Bréfritari: Jóhannes Halldórsson
Dagsetning: A-1875-10-19
Skrifað á: Vesturheimi

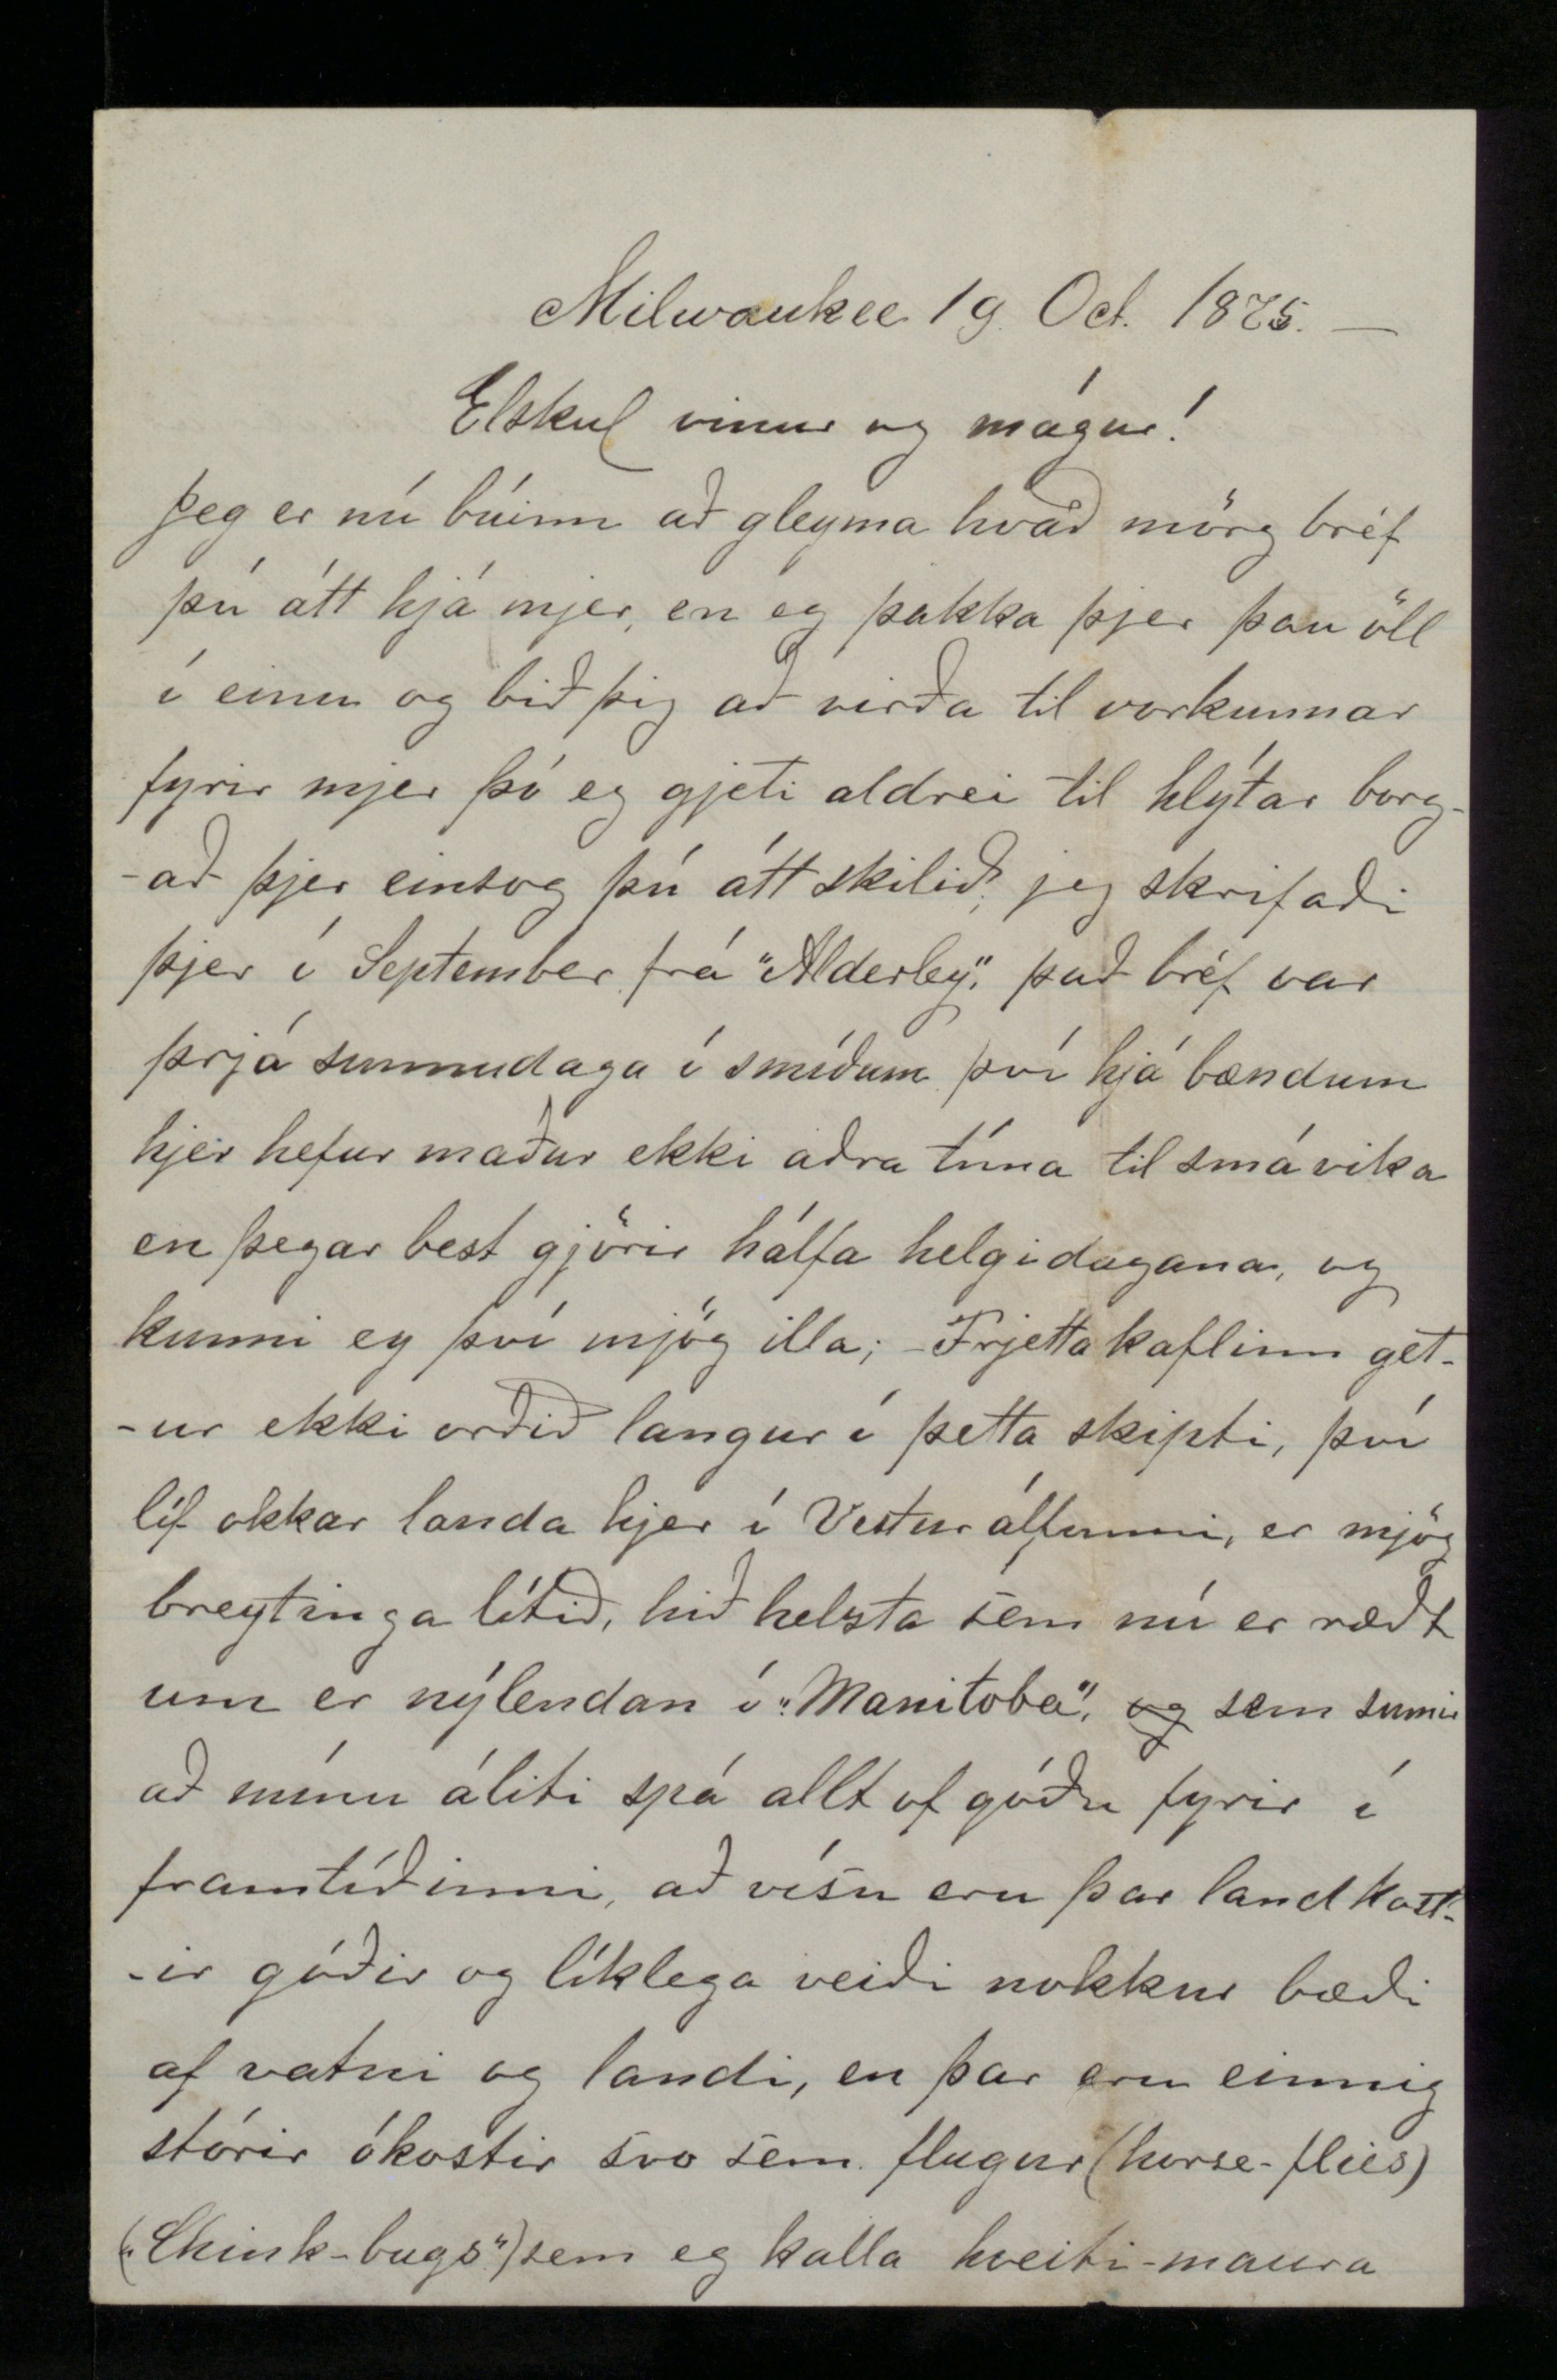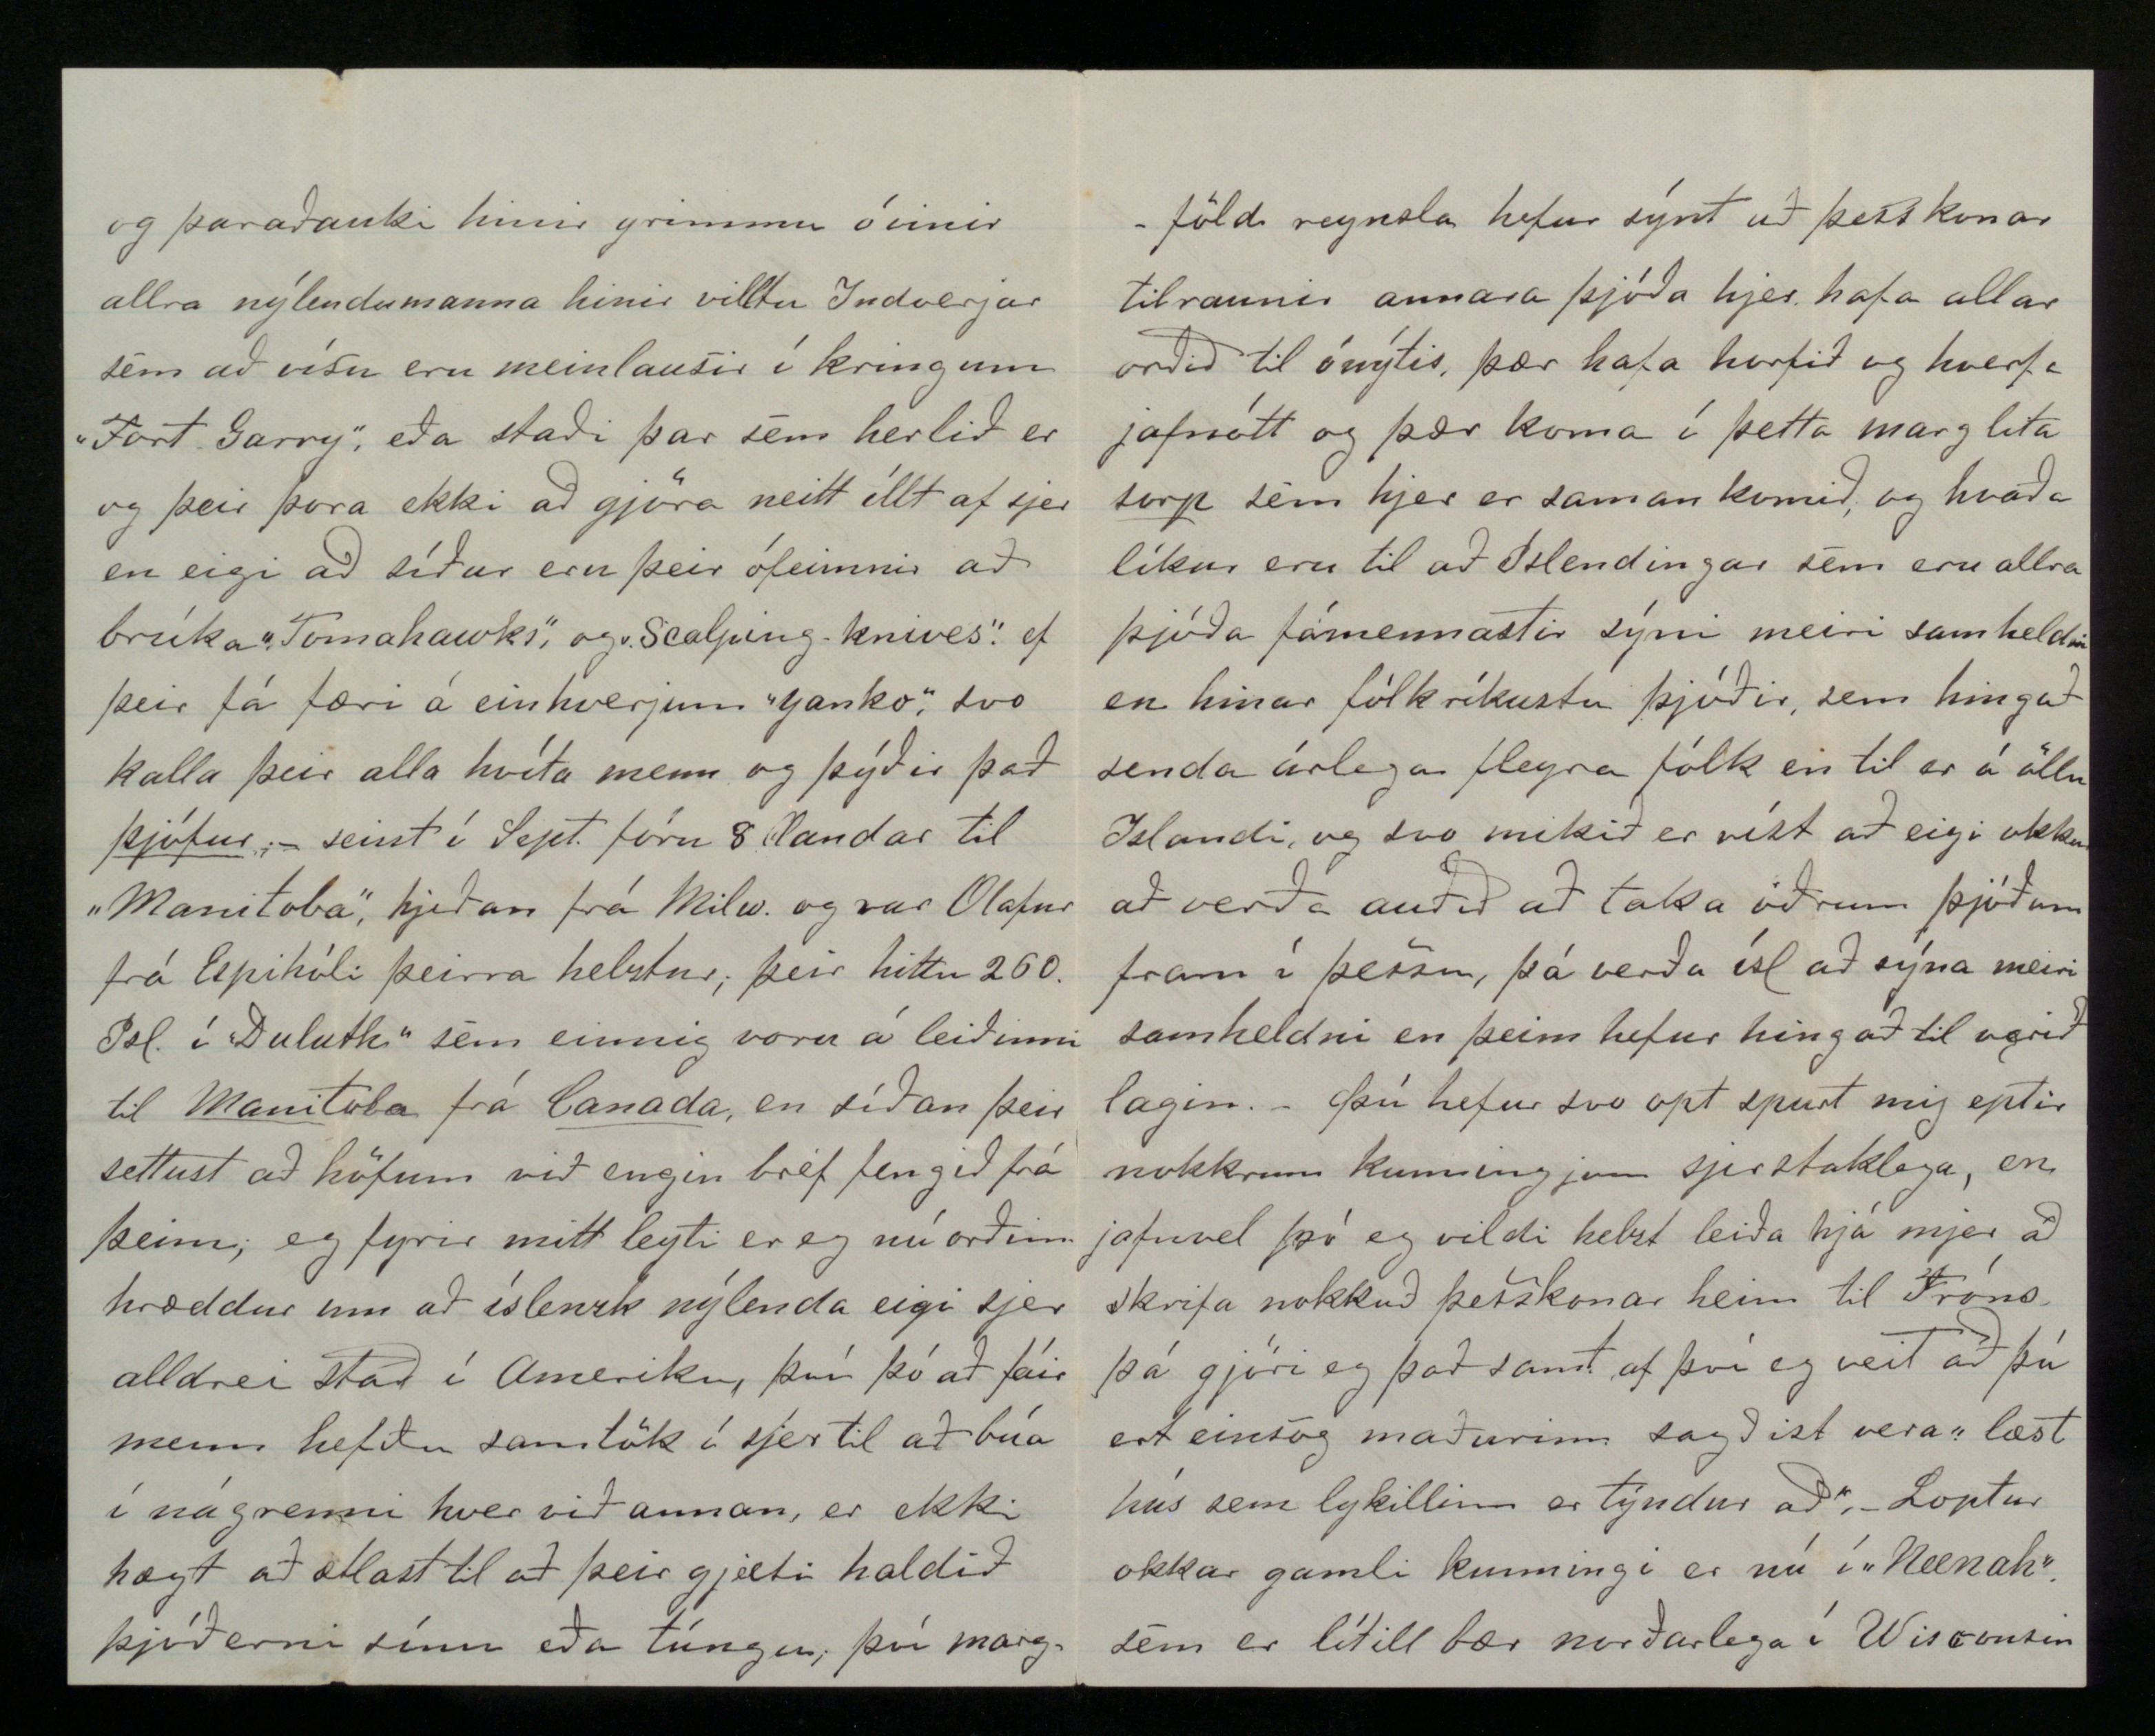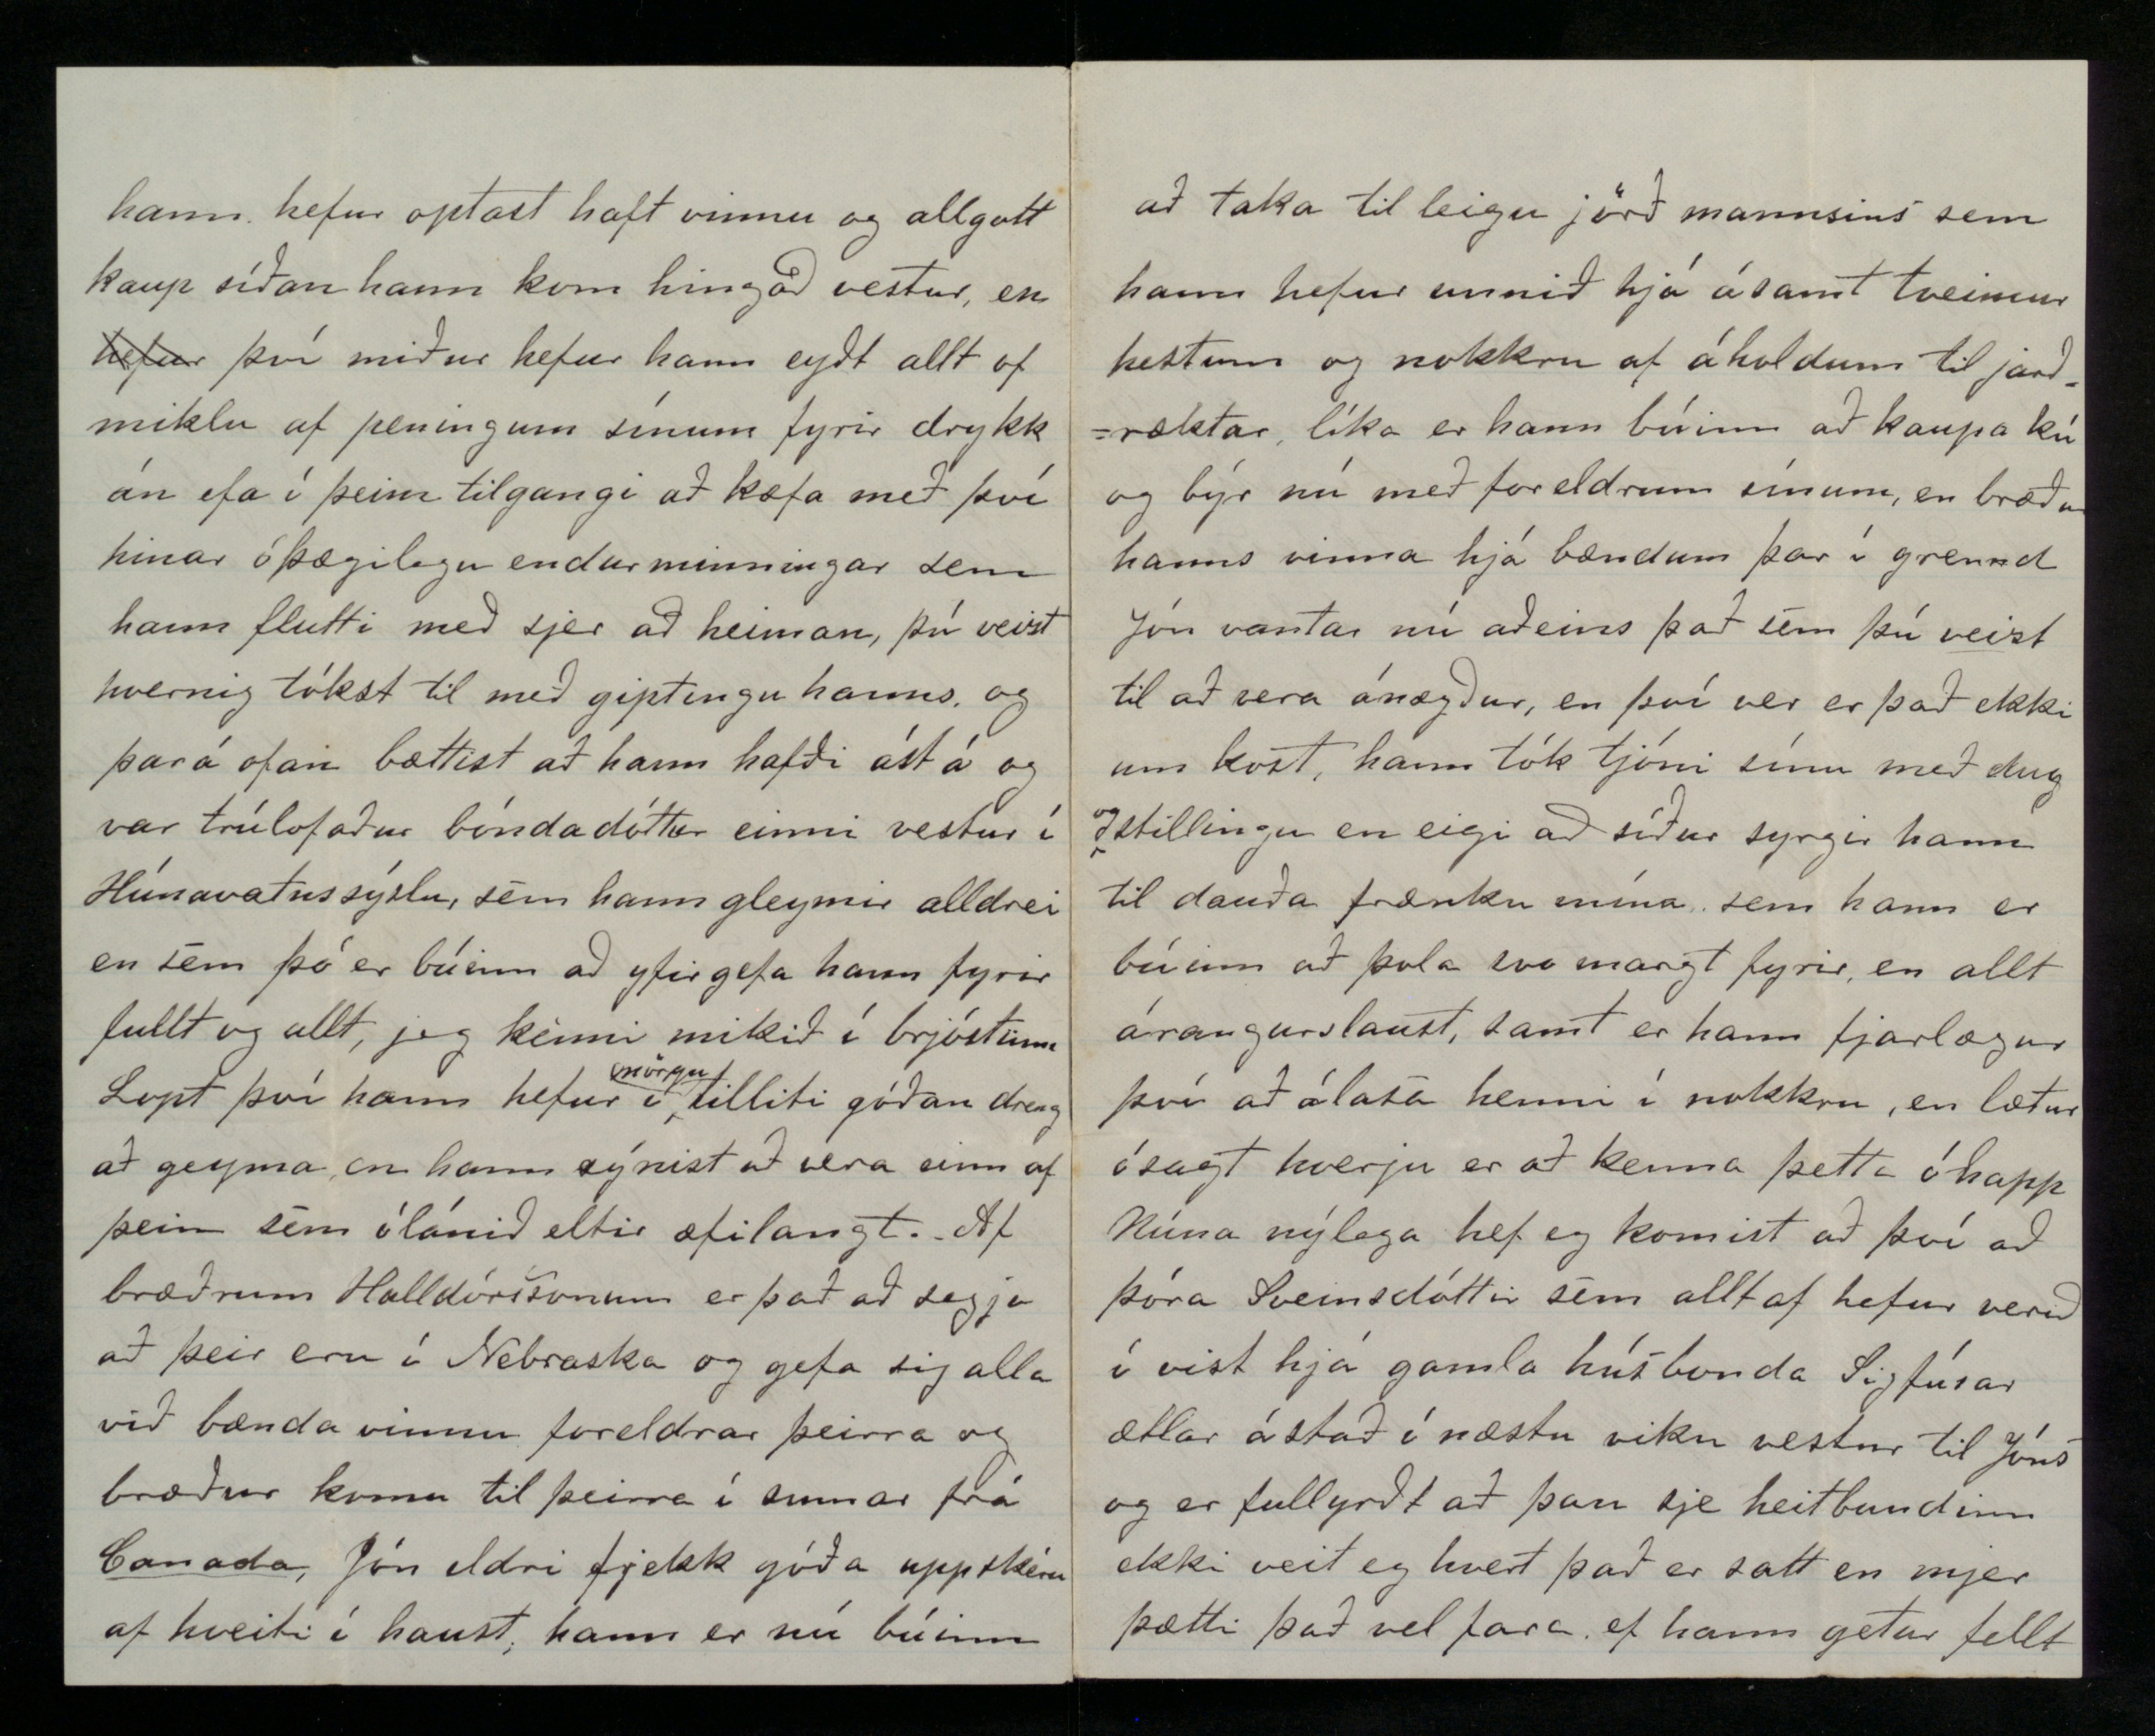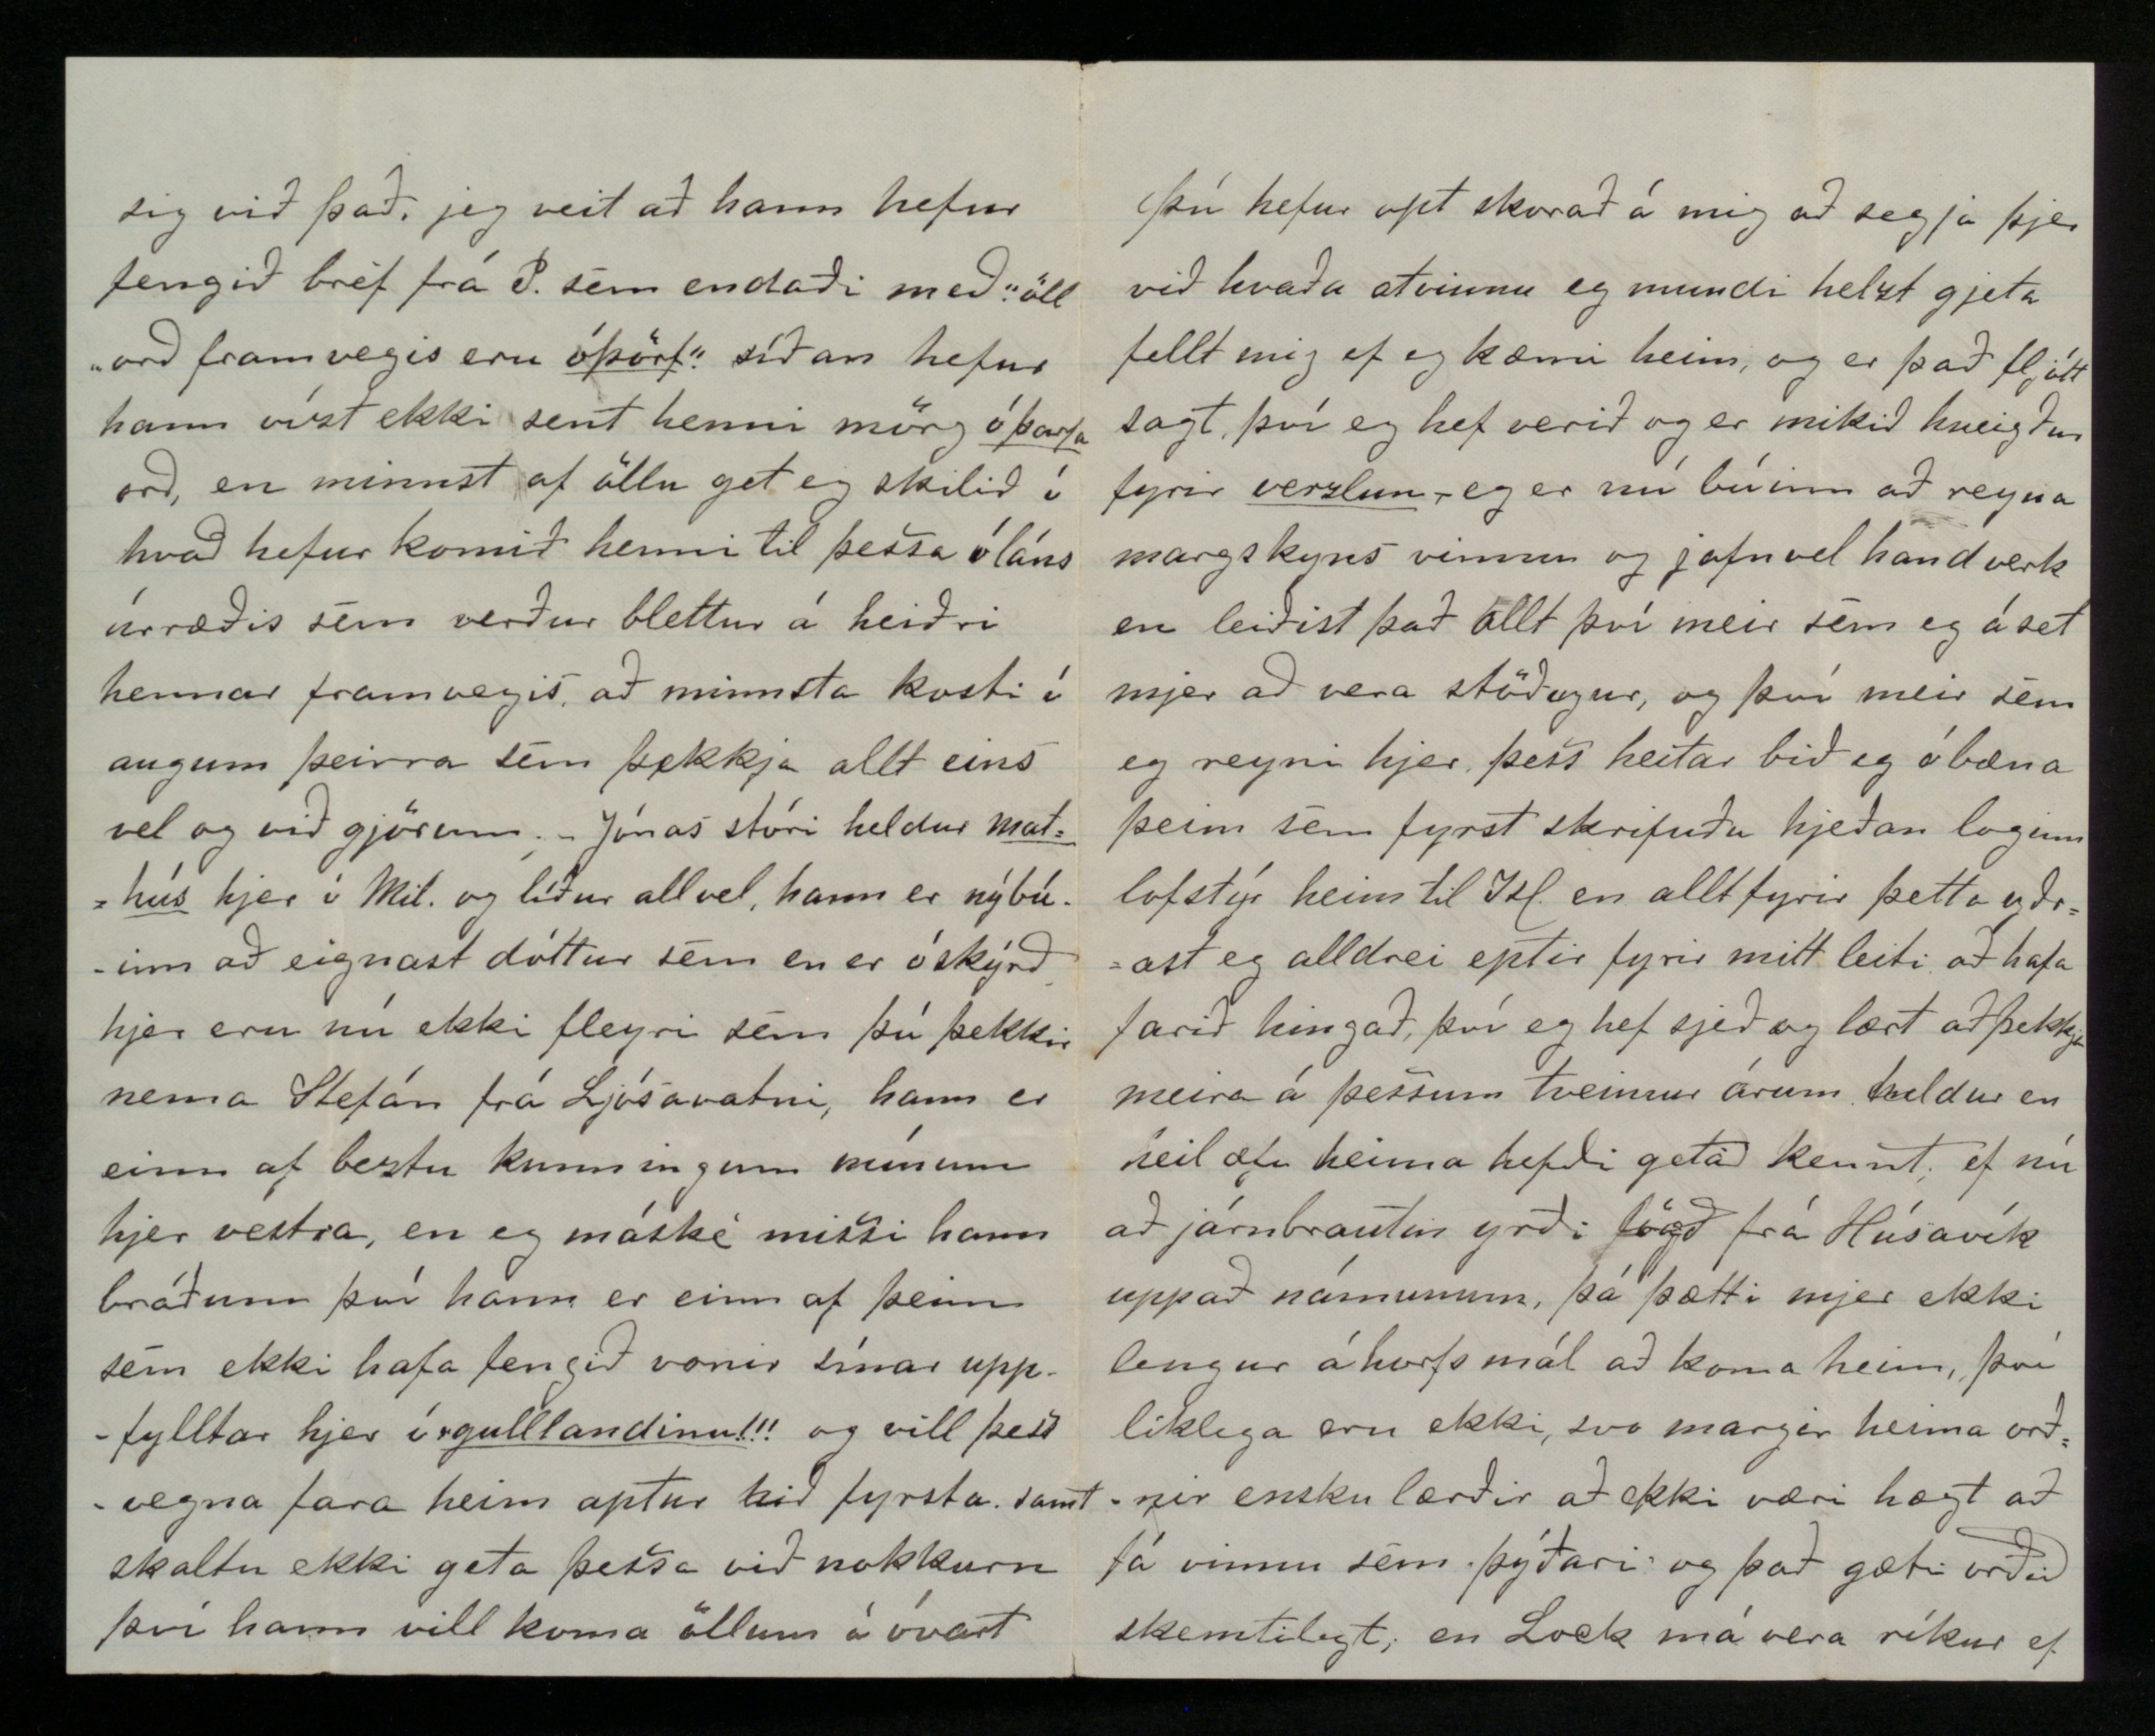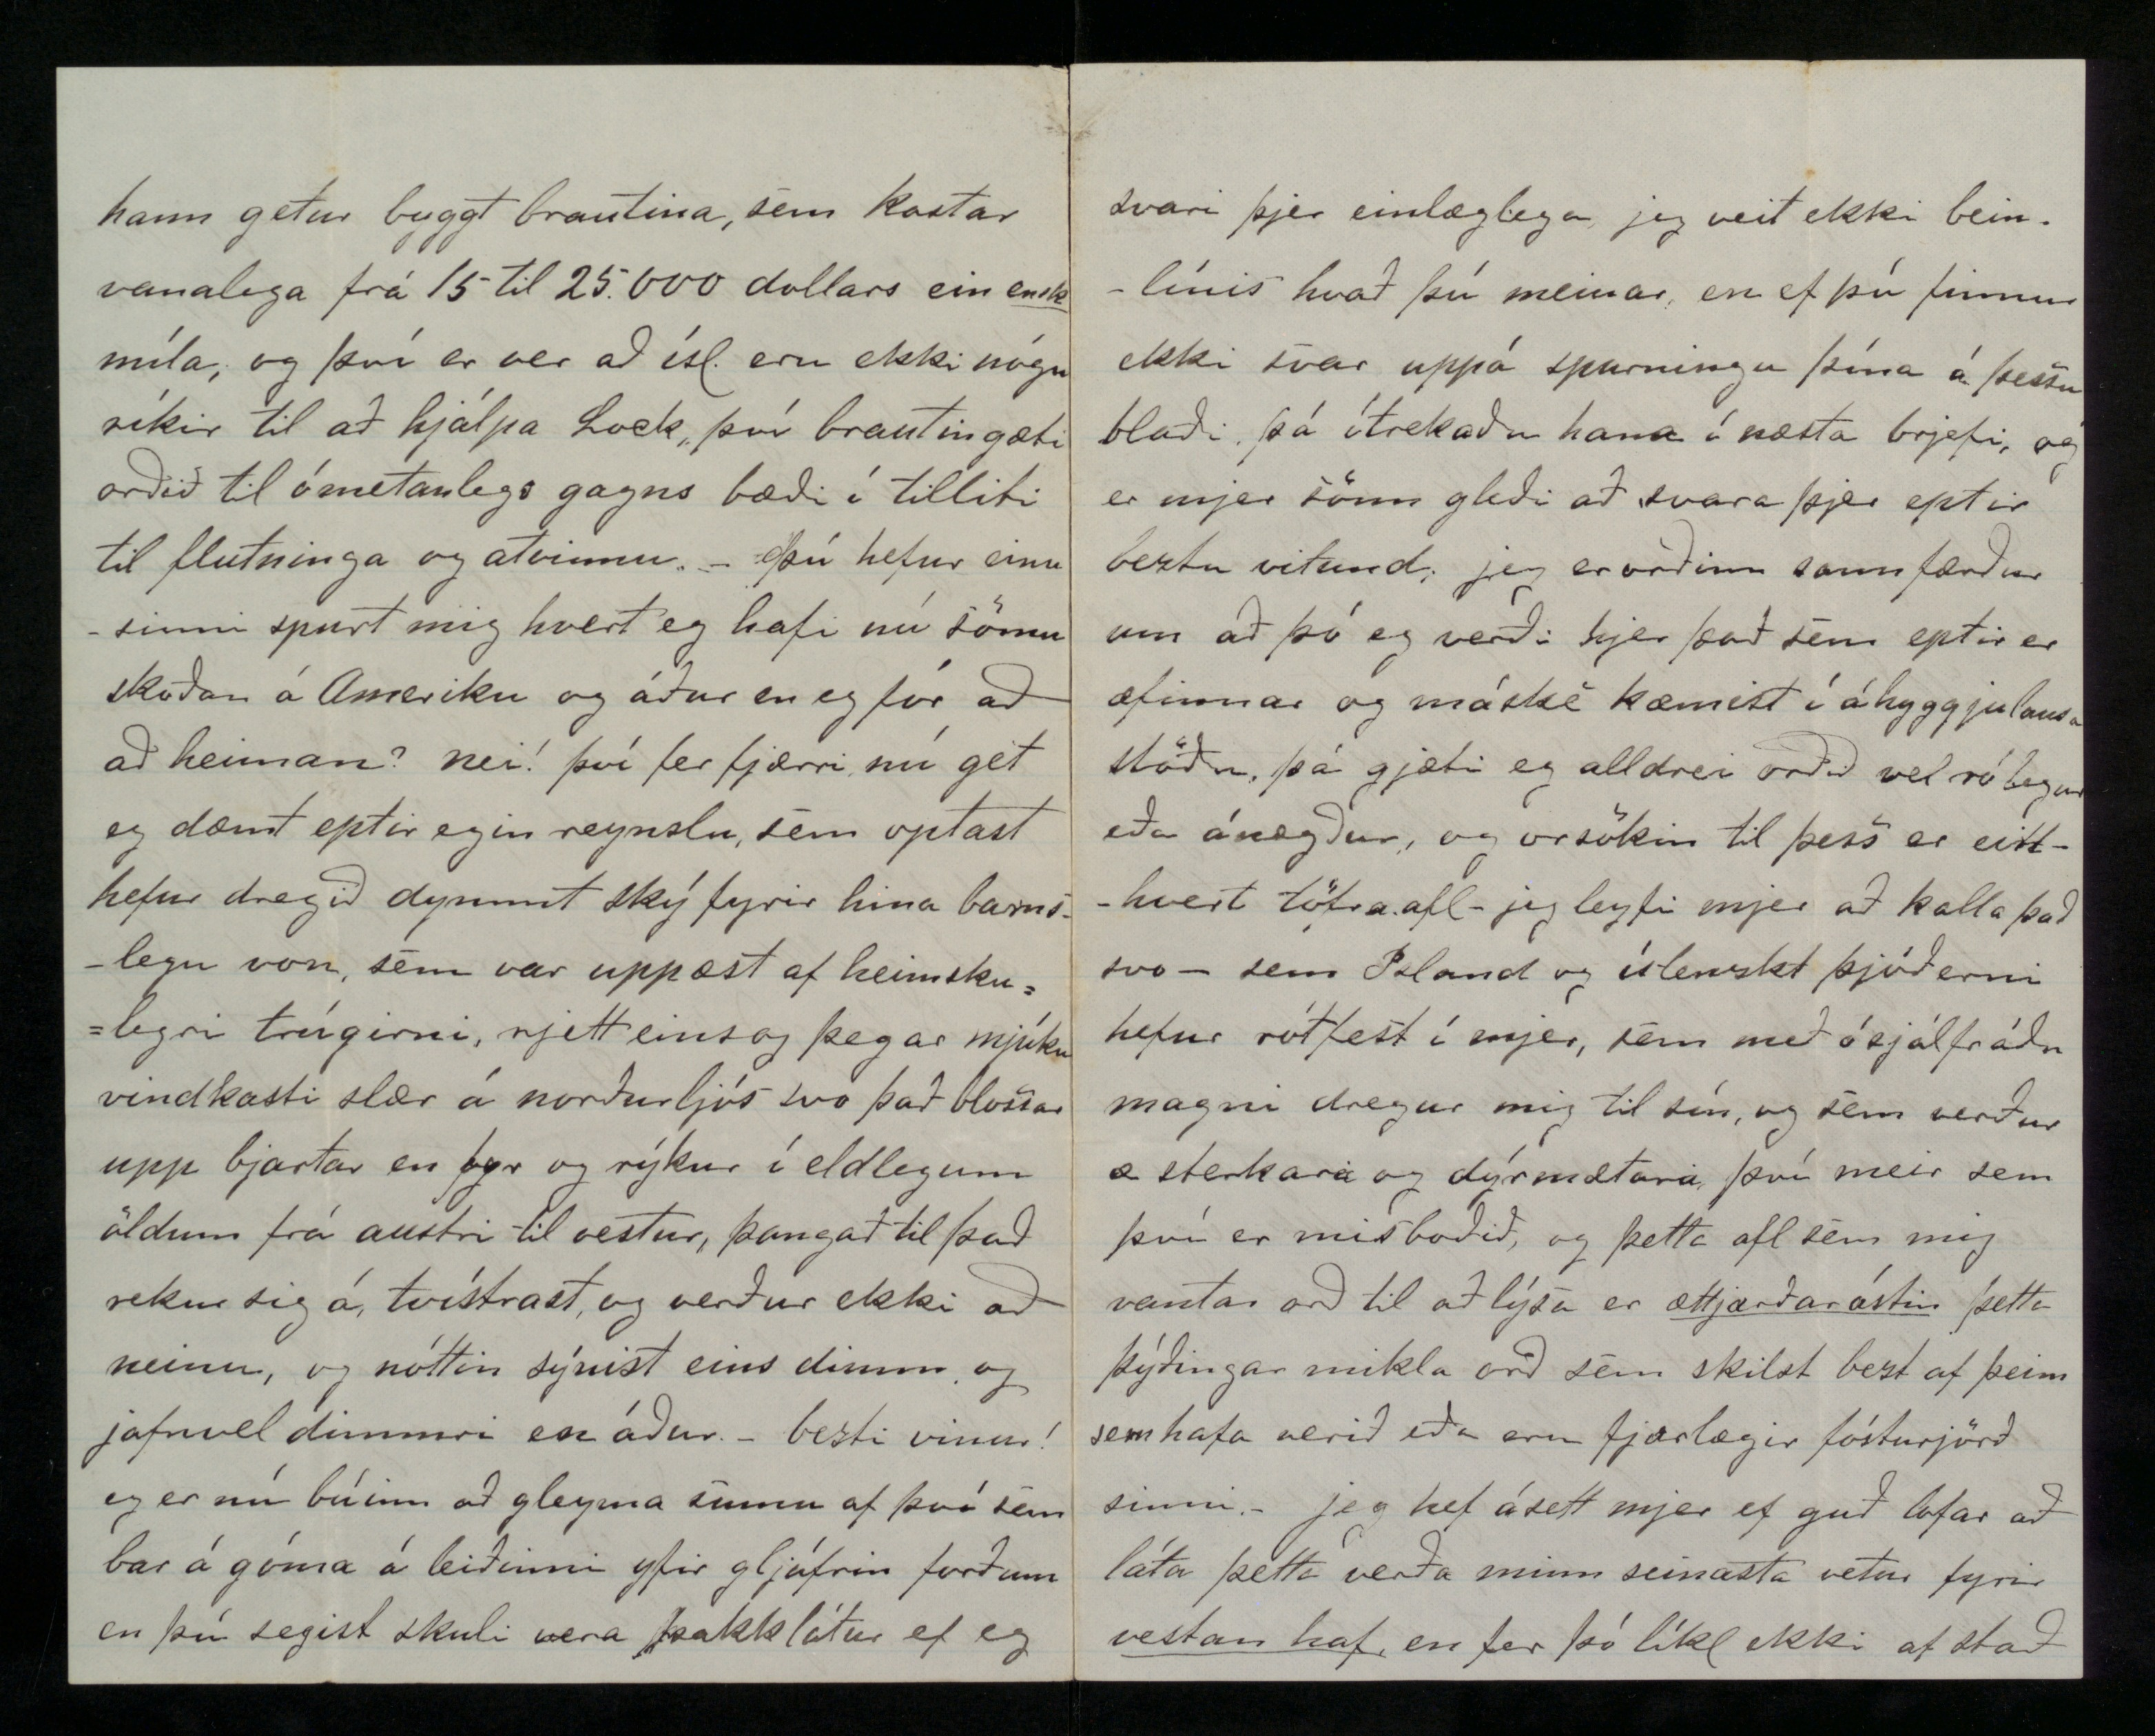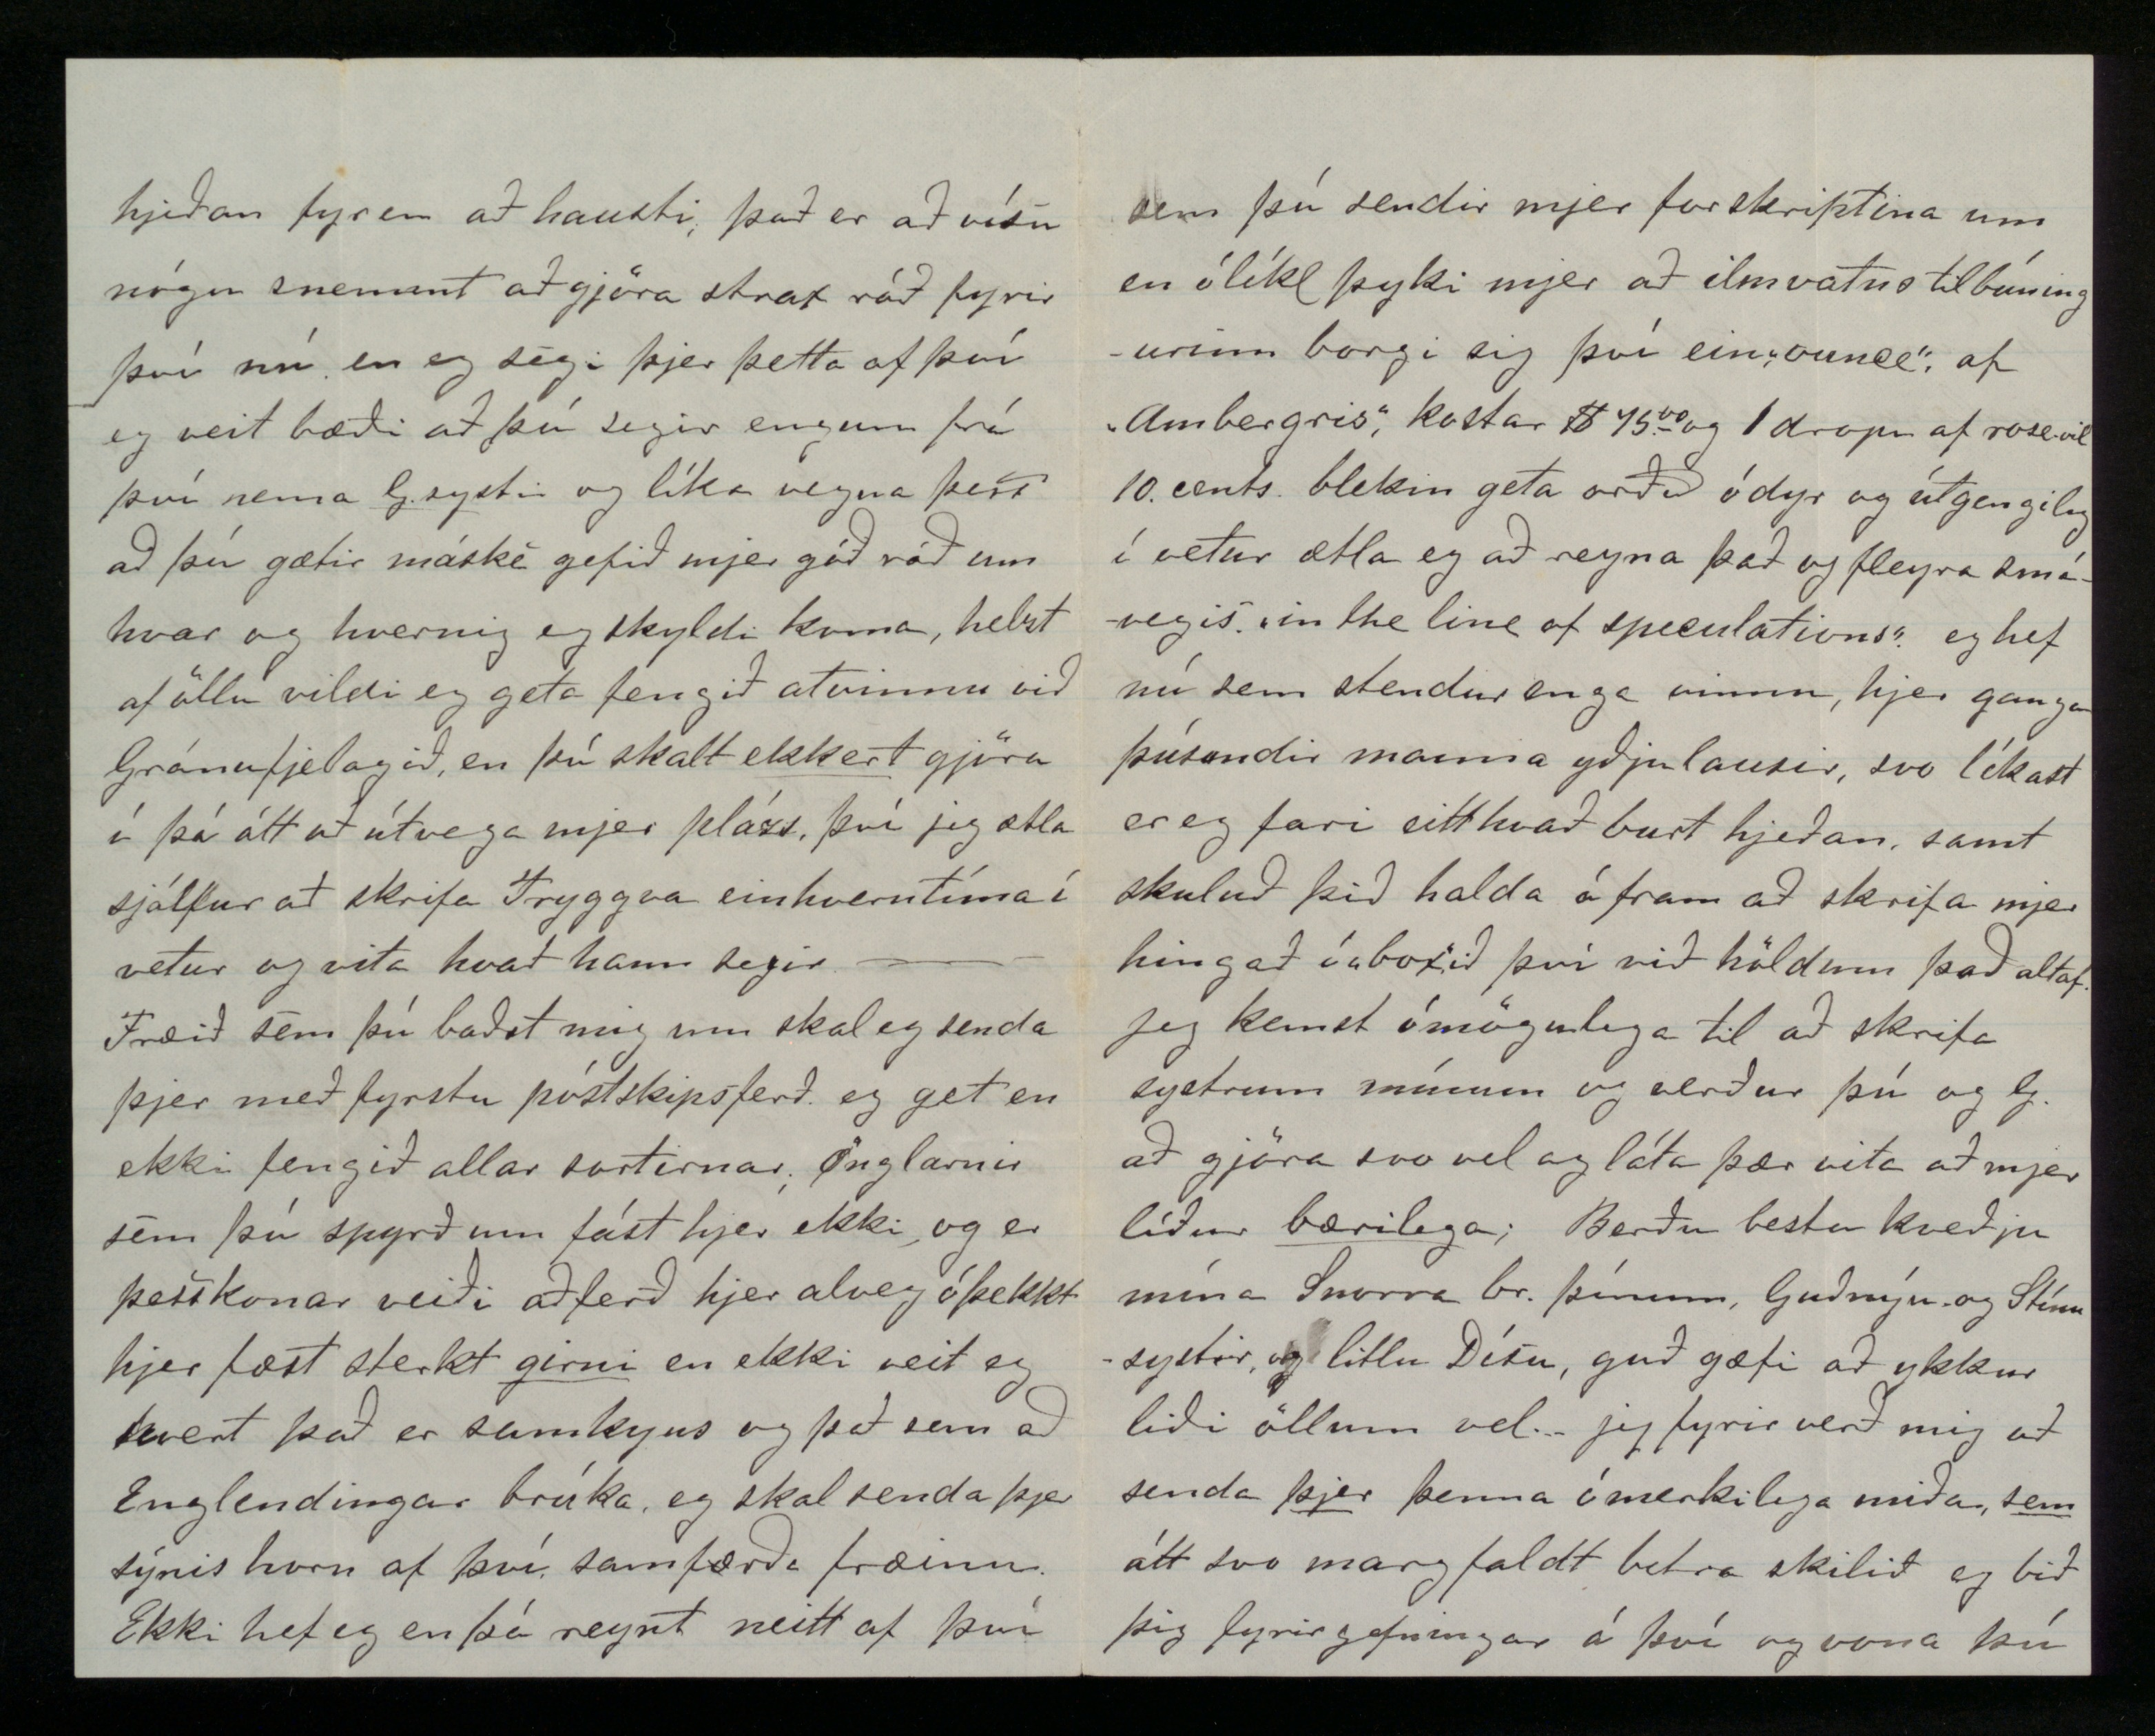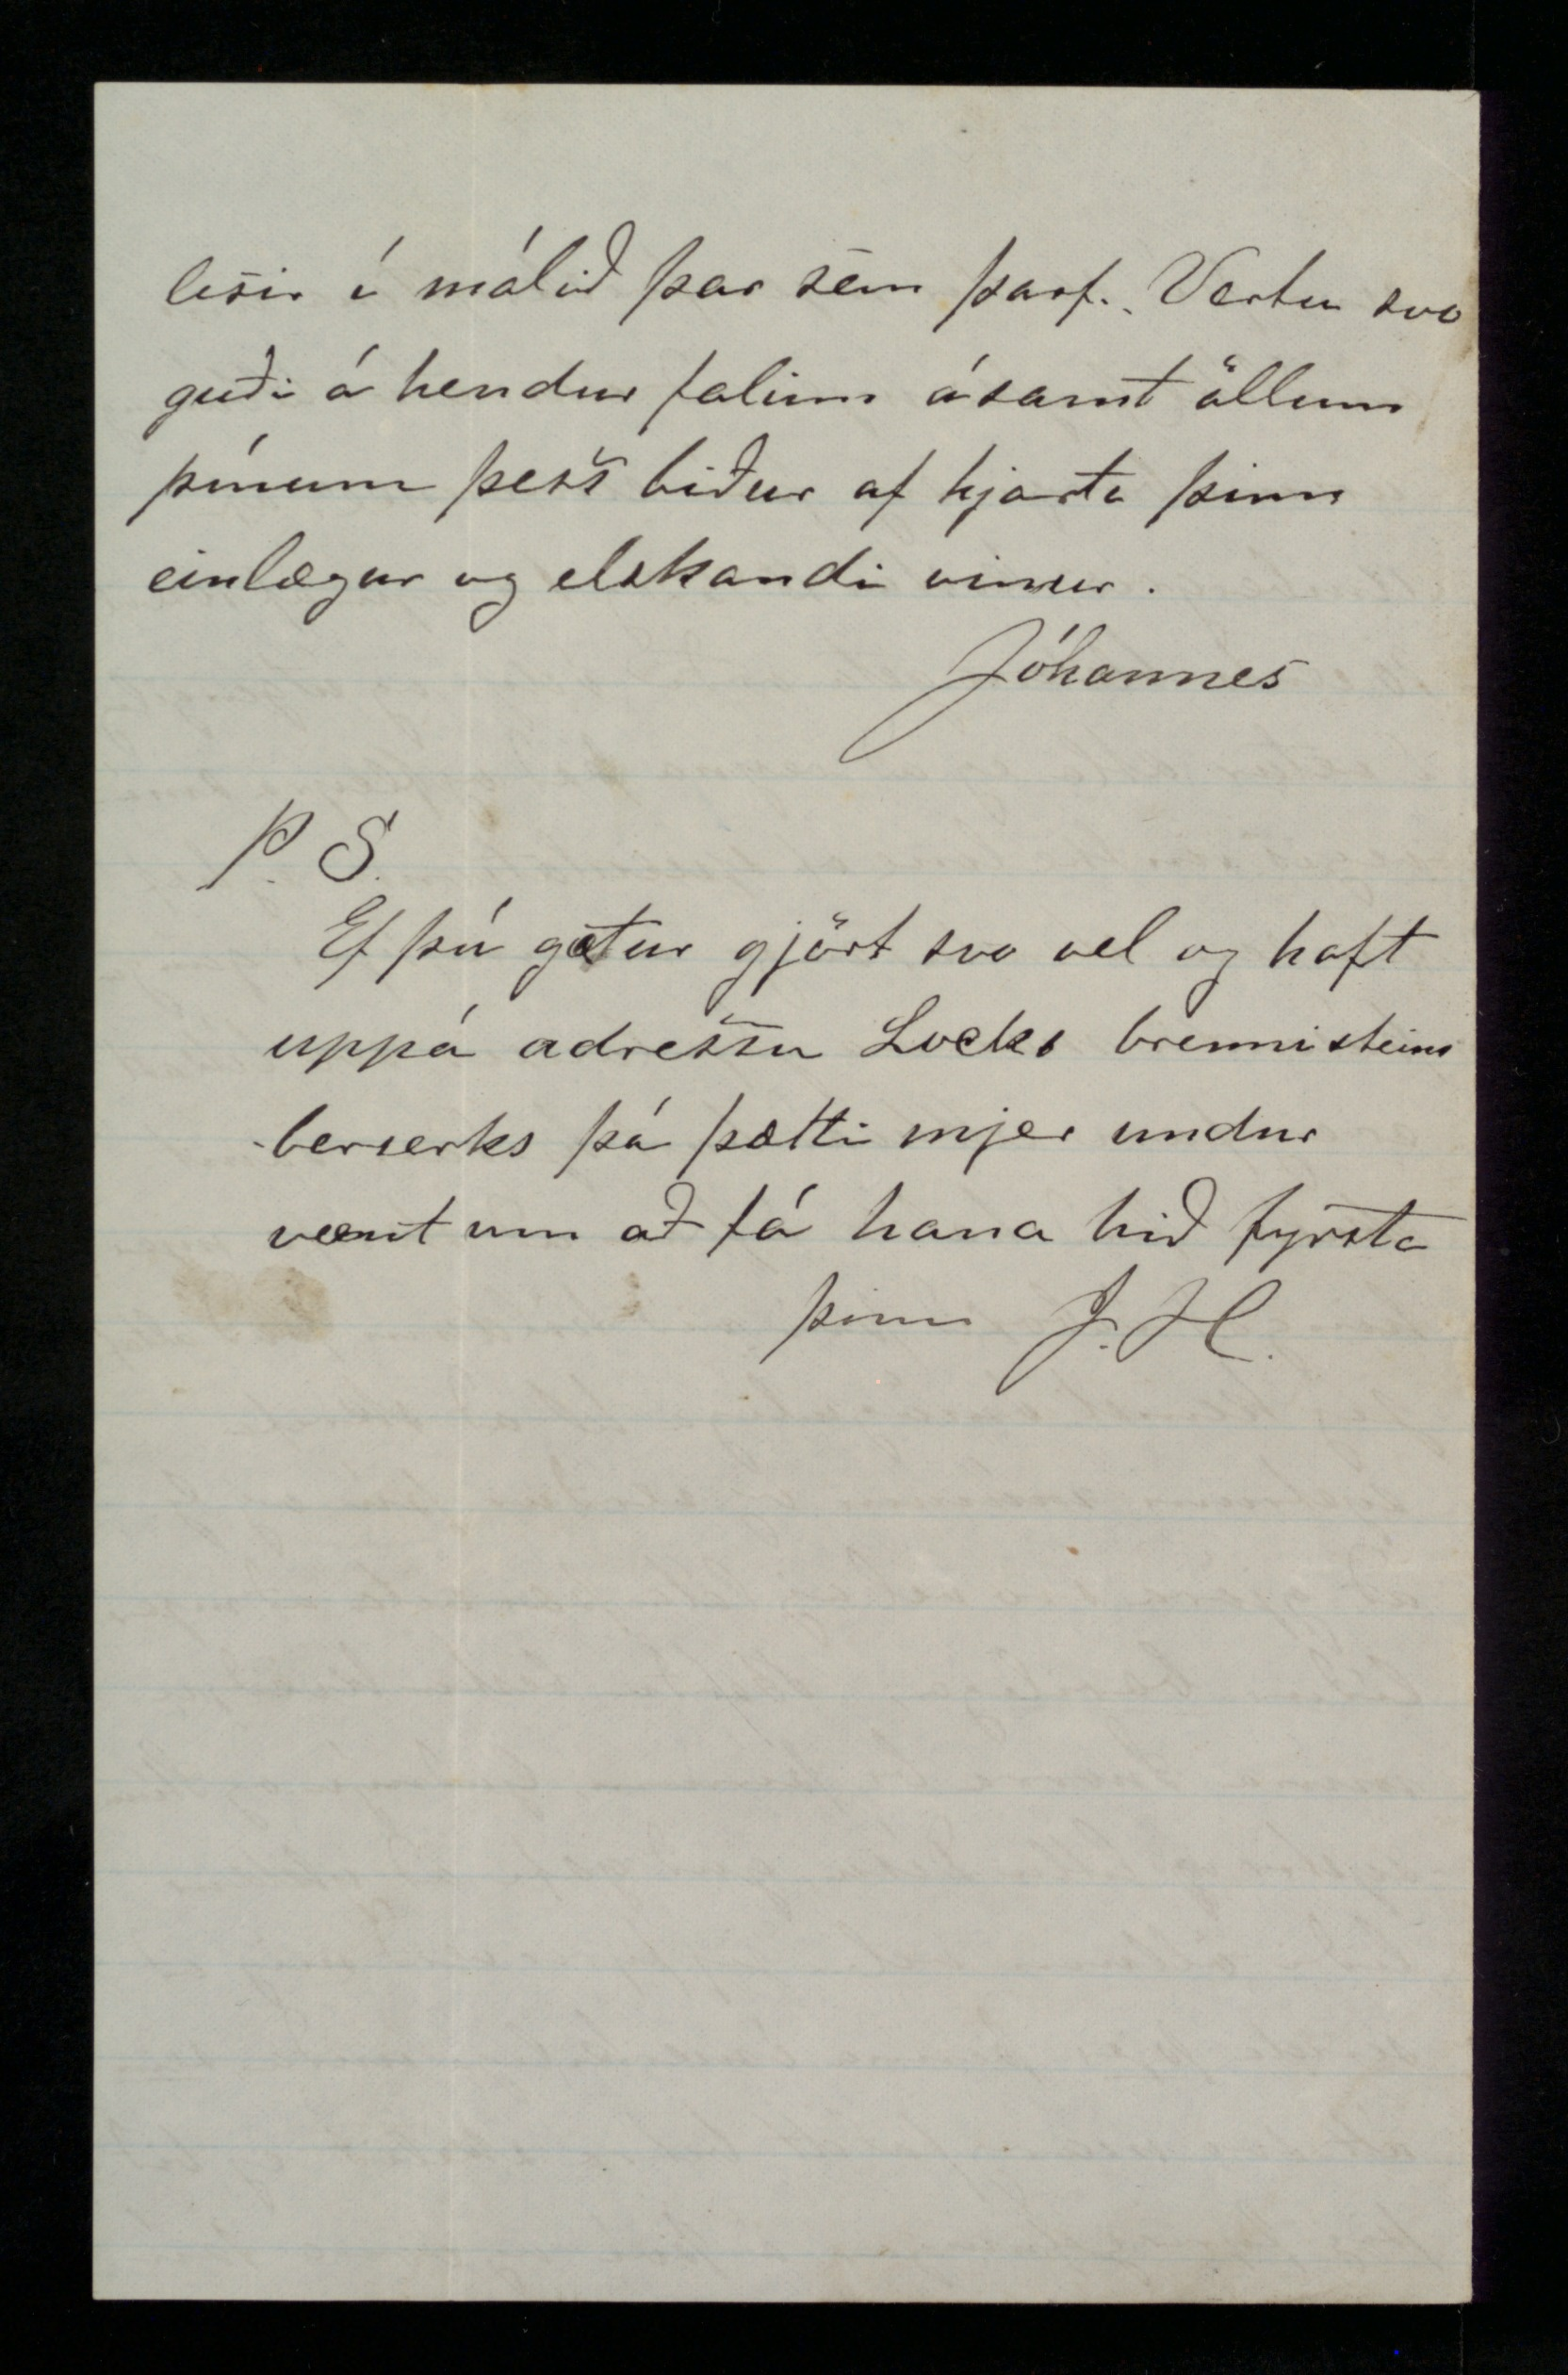

Milwaukee 19. Oct. 1875
Elskul vinur og mágur!
Jeg er nú búinn að gleyma hvað mörg bréf þú átt hjá mjer, en eg þakka þjer þau öll í einu og bið þig að virða til vorkunnar fyrir mjer þó eg gjeti aldrei til hlýtar borgað þjer einsog þú átt skilið, jeg skrifaði þjer í September frá "Alderley", það bréf var þrjá sunnudaga í smíðum því hjá bændum hjer hefur maður ekki aðra tíma til smávika en þegar best gjörir hálfa helgidagana, og kunni eg því mjög illa; - Frjettakaflinn getur ekki orðið langur í þetta skipti, því líf okkar landa hjer í Vesturálfunni er mjög breytinga lítið, hið helzta sem nú er rædt um er nýlendan í "Manitoba" sem sumir að mínu áliti spá allt of góðu fyrir í framtíðinni, að vísu eru þar landkostir góðir og líklega veiði nokkur bæði af vatni og landi, en þar eru einnig stórir ókostir sov sem flugur (horse-flies) („Chink-bugs") sem eg kalla hveiti-maura
og þaraðauki hinir grimmu óvinir allra nýlendumanna hinir villtu Indverjar sem að vísu eru meinlausir í kringum „Fort Garry" eða staði þar sem herlið er og þeir þora ekki að gjöra neitt íllt af sjer en eigi að síður eru þeir ófeimnir að brúka „Tomahawks" og „Scalping-knives" ef þeir fá færi á einhverjum „yanko" svo kalla þeir alla hvíta menn og þýðir það
þjófur
, - seint í Sept. fóru 8 landar til „Manitoba" hjeðan frá Milw. og var Olafur frá Espihóli þeirra helztur, þeir hittu 260 Isl. í „Duluth" sem einnig voru á leiðinni til
Manitoba
frá
Canada
, en síðan þeir settust að höfum við engin bréf fengið frá þeim, eg fyrir mitt leyti er eg nú orðin hræddur um að íslenzk nýlenda eigi sjer alldrei stað í Ameríku, því þó að fáir menn hefðu samtök í sjer til að búa í nágrenni hver við annan, er ekki hægt að ætlast til að þeir gjætu haldið þjóðerni sínu eða túngu, því marg
föld reynsla hefur sýnt að þess konar tilraunir annara þjóða hjer hafa allar orðið til ónýtis, þær hafa horfið og hverfa jafnótt og þær koma í þetta marglita
sorp
sem hjer er saman komið, og hvaða líkur eru til að Íslendingar sem eru allra þjóða fámennastir sýni meiri samheldni en hinar fólkríkustu þjóðir, sem hingað senda árlega fleyra fólk en til er á öllu Íslandi, og svo mikið er víst að eigi okkur að verða auðið að taka öðrum þjóðum fram í þessu, þá verða ísl að sýna meiri samheldni en þeim hefur hingað til verið lagin. - Þú hefur svo opt spurt mig eptir nokkrum kunningjum sjerstaklega, en jafnvel þó eg vildi helzt leiða hjá mjer að skrifa nokkuð þesskonar heim til Fróns þá gjöri eg það samt af því eg veit að þú ert einsog maðurinn sagðist vera „læst hús sem lykilinn er týndur að. - Lopthur okkar gamli kunningi er nú í „Neenah" sem er lítill bær norðarlega í Wisconsin
hann hefur optast haft vinnu og allgott kaup síðan hann kom hingað vestur, en
hefur
því miður hefur hann eydt allt of miklu af peningum sínum fyrir drykk án efa í þeim tilgangi að kæfa með því hinar óþægilegu endurminningar sem hann flutti með sjer að heiman, þú veist hvernig tókst til með giptingu hans og þará ofan bættist að hann hafði ást á og var trúlofaður bóndadóttur einni vestur í Húnavatnssýslu, sem hann gleymir aldrei en sem þó er búinn að yfirgefa hann fyrir fullt og allt, jeg kénni mikið í brjóstum Lopt því hann hefur í
mörgu
tilliti góðan dreng að geyma en hann sýnist að vera einn af þeim sem ólánið eltir æfilangt. Af bræðrum Halldórssonum er það að segja að þeir eru í Nebraska og gefa sig alla við bænda vinnu foreldrar þeirra og bræður komu til þeirra í sumar frá
Canada
, Jón eldri fjekk góða uppskéru af hveiti í haust, hann er nú búinn
að taka til leigu jörð mannsins sem hann hefur unnið hjá ásamt tveimur hestum og nokkru af áholdum til jarðræktar, líka er hann búinn að kaupa kú og býr nú með foreldrum sínum, en bræður hans vinna hjá bændum þar í grennd Jón vantar nú aðeins það sem þú
veizt
til að vera ánægður, en því ver er það ekki um kost, hann tók tjóni sínu með dug
og
stillingu en eigi að síður syrgir hann til dauða frænku mína sem hann er búinn að þola svo margt fyrir, en allt árangurslaust, samt er hann fjarlægur því að álasa henni í nokkru, en lætur ósagt hverju er að kenna þetta óhapp. Núna nýlega hef eg komist að því að Þóra Steinsdóttir sem alltaf hefur verið í vist hjá gamla húsbonda Sigfúsar ætlar ástað í næstu viku vestur til Jóns og er fullyrt að þau sje heitbundinn ekki veit eg hvert það er satt en mjer þætti það vel fara ef hann getur fellt
sig við það, jeg veit að hann hefur fengið bréf frá Þ. sem endaði með „öll orð framvegis eru
óþörf
." Síðan hefur hann vízt ekki sent henni mörg
óþarfa
orð, en minnst af öllu get eg skilið í hvað hefur komið henni til þessa óláns úrræðis sem verður blettur á heiðri hennar framvegis að minnsta kosti í augum þeirra sem þekkja allt eins vel og við gjörum. - Jónas stóri heldur
nauthús
hjer í Mil. og líður allvel, hann er nýbúinn að eignast dóttur sem en er óskýrð hjer eru nú ekki fleyri sem þú þekkir nema Stefán frá Ljósavatni, hann er einn af beztu kunningum mínum hjer vestra, en eg máské missi hann bráðum því hann er einn af þeim sem ekki hafa fengið vonir sínar uppfylltar hjer í
gulllandinu!!!
og vill þessvegna fara heim aptur hið fyrsta samt skaltu ekki geta þessa við nokkurn því hann vill koma öllum á óvart
þú hefur opt skorað á mig að segja þjer við hvaða atvinnu eg mundi helzt gjeta fellt mig ef eg kæmi heim, og er það fljótt sagt því eg hef verið og er mikið hneigður fyrir
verzlun
, eg er nú búinn að reyna margskyns vinnu og jafnvel handverk en leiðist það allt því meir sem eg áset mjer að vera stöðugur, og því meir sem eg reyni hjer, ess heitar bið eg óbæna þeim sem fyrst skrifuðu hjeðan loginn lofstýr heim til Isl. en allt fyrir þetta yðrast eg alldrei eptir fyrir mitt leiti að hafa farið hingað, því eg hef sjeð og lært að þekkja meira á þessum tveimur árum heldur en heil æfi heima hefði getað kennt, ef nú að járnbrautin yrði lögð frá Húsavík uppað námunum þá þætti mjer ekki lengur áhorfs mál að koma heim, því líklega eru ekki svo margir heima orðnir ensku lærðir að ekki væri hægt að fá vinnu sem þýðari og það gæti orðið skemtilegt, en Lock má vera ríkur ef
hann getur byggt brautina, sem kostar vanalega frá 15 til 25.000 dollars ein
ensk
míla, og því er ver að ísl. eru ekki nógu ríkir til að hjálpa Lock, því brautin gæti orðið til ómetanlegs gagns bæði í tilliti til flutninga og atvinnu. - Þú hefur einusinni spurt mig hvert eg hafi nú sömu skoðun á Ameríku og áður en eg fór að heiman? Nei! því fer fjærri nú get eg dæmt eptir egin reynslu, sem optast hefur dregið dymmt ský fyrir hina barnslegu von sem var uppæst af heimskulegri trúgirni rjett einsog þegar mjúku vindkasti slær á norðurljós svo það blossar upp bjartar en fyr og rýkur í eldlegum öldum frá austri til vestur, þangað til það rekur sig á, tvístrast og verður ekki að neinu, og nóttin sýnist eins dimm og jafnvel dimmri en áður. - besti vinur! ég er nú búinn að gleyma sumu af því sem bar á góma á leiðinni yfir gljúfrin forðum en þú segist skuli vera þakklátur ef eg
svari þjer einlæglega, jeg veit ekki beinlínis hvað þú meinar, en ef þú finnur ekki svar uppá spurningu þína á þessu blaði þá ítrekaðu hana í næsta brjefi, og er mjer sönn gleði að svara þjer eptir beztu vitund, jeg er orðinn sannfærður um að þó eg verði hjer það sem eptir er æfinnar og máské kæmist í áhyggjulausa stöðu, þá gjæti eg alldrei orðið vel rólegur eða ánægður, og orsökin til þess er eitthvert töfraafl - jeg leyfi mjer að kalla það svo - sem Ísland og íslenzkt þjóðerni hefur rótfest í mjer sem með ósjálfráðu magni dregur mig til sín, og sem verður æ sterkara og dýrmætara, því meir sem því er misboðið, og þetta afl sem vantar orð til að lýsa er
ættjarðarástin
þetta þýðingar mikla orð sem skilst bezt af þeim sem hafa verið eða eru fjarlægir fósturjörð sinni. - jeg hef ásett mjer ef guð lofar að láta þetta verða minn seinasta vetur fyrir
vestan haf
en fer þó líkl ekki af stað
hjeðan fyren að hausti, það er að vísu nógu snemmt að gjöra strax ráð fyrir því nú en eg segi þjer þetta af því eg veit bæði að þú segir engum frá því nema G. systir og líka vegna þess að þú gætir máské gefið mjer góð ráð um hvar og hvernig eg skyldi koma, helzt af öllu vildi eg geta fengið atvinnu við Gránufjelagið, en þú skalt
ekkert
gjöra í þá átt að útvega mjer pláss því jeg ætla sjálfur að skrifa Tryggva einhverntíma í vetur og vita hvað hann segir.
Fræið sem þú baðst mig um skal eg senda þjer með fyrstu póstskipsferð eg get en ekki fengið allar sortirnar. Önglarnir sem þú spyrð um fást hjer ekki og er þesskonar veiði aðferð hjer alveg óþekkt hjer fæst sterkt
girni
en ekki veit eg hvert það er samkyns og það sem að Englendingar brúka, eg skal senda þjer sýnis horn af því samferða fræinu. Ekki hef eg enþá reynt neitt af því
sem þú sendir mjerforskriptina um en ólíkl þyki mjer að ilmvatns tilbúningurinn borgi sig því ein „ounce" af „Ambergris" kostar $75
00
og 1 dropi af rose oil 10 cents blekin geta orðið ódýr og útgengileg í vetur ætla eg að reyna það og fleyra smávegis „in the line of speculations" eg hef nú sem stendur enga vinnu, hjer ganga þúsundir manna yðjulausir, svo líkast er eg fari eitthvað burt hjeðan, samt skuluð þið halda áfram að skrifa mjer hingað í „box"ið því við höldum það altaf. Jeg kemst ómögulega til að skrifa systrum mínum og verður þú og G. að gjöra svo vel og láta þær vita að mjer líður
bærilega
. Berðu bestu kveðju mína Snorra br. þínum, Guðnýu og Stínu systir og litlu Dísu, guð gæfi að ykkur liði öllum vel. - jeg fyrir verð mig að senda
þjer
þenna ómerkilega miða,
sem
átt svo margfaldt betra skilið eg bið þig fyrirgefningar á því og vona þú
lesir í málið þar sem þarf. Vertu svo guði á hendur falinn ásamt öllum þínum þess biður af hjarta þinn einlægur og elskandi vinur.
Jóhannes
P.S.
Ef þú getur gjört svo vel og haft uppá adressu Locks brennisteinsberserks þá þætti mjer undur vænt um að fá hana hið fyrsta.
Þinn J.H.